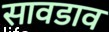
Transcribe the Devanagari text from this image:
सावडाव